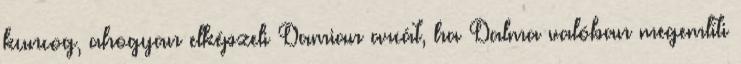
kuncog, ahogyan elképzeli Damian arcát, ha Dalma valóban megemlíti